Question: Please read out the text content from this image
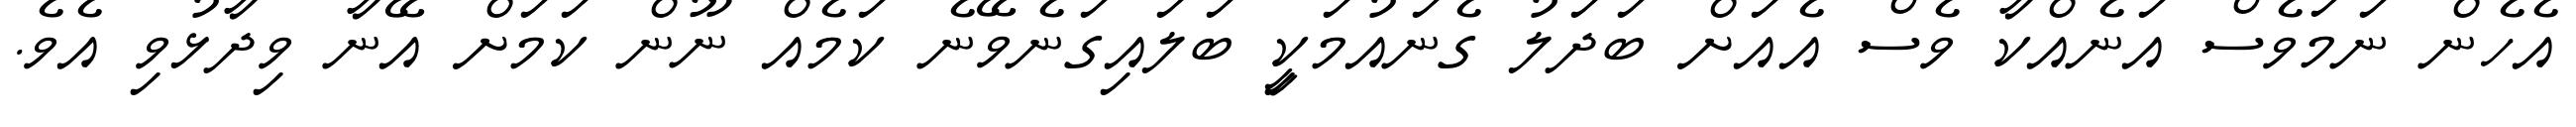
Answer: އެހެން ނަމަވެސް އަނެއްކާ ވެސް އެއަށް ބަދަލު ގެނައުމަކީި ބަލައިގަނެވޭނެ ކަމެއް ނޫން ކަމަށް އޭނާ ވިދާޅުވި އެވެ.